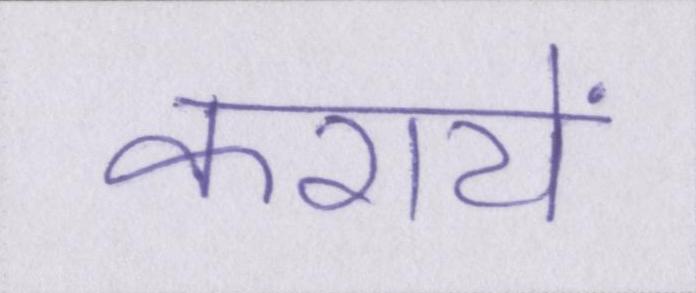
करायें